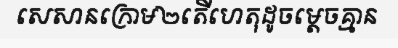
សេសានក្រោម២តើហេតុដូចម្តេចគ្មាន